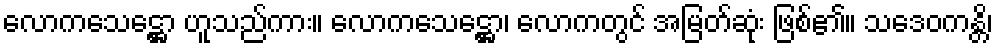
လောကသေဋ္ဌော ဟူသည်ကား။ လောကသေဋ္ဌော၊ လောကတွင် အမြတ်ဆုံး ဖြစ်၏။ သဒေဝကန္တိ၊